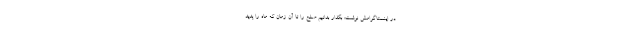
در اینستاگرامش نوشت: بگذار بدانیم صلح را تا آن زمان که ماه را پدید